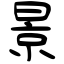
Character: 景